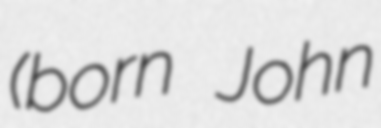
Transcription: (born John